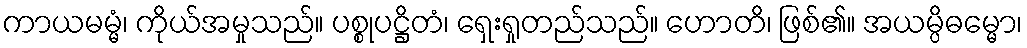
ကာယမမ္မံ၊ ကိုယ်အမှုသည်။ ပစ္စုပဋ္ဌိတံ၊ ရှေးရှုတည်သည်။ ဟောတိ၊ ဖြစ်၏။ အယမ္ပိဓမ္မော၊